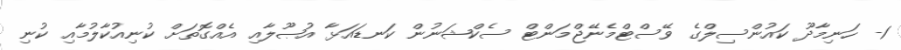
1- ހަނިމާދޫ ކައުންސިލްގެ ވޭސްޓްމެނޭޖްމަންޓް ސެކްޝަނުން ކަނޑައަޅާ އުޞޫލާއި އެއްގޮތަށް ކުނިއުކާލުމާއި ކުނި